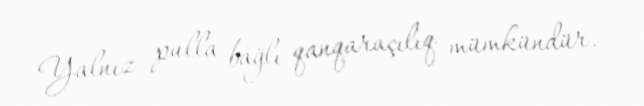
Yalnız pulla bağlı qanqaraçılıq mümkündür.